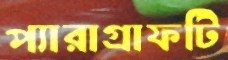
প্যারাগ্রাফটি